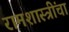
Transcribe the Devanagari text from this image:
रामशास्त्रींचा